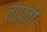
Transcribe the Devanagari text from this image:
ताप्ती।